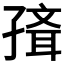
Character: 𡦍